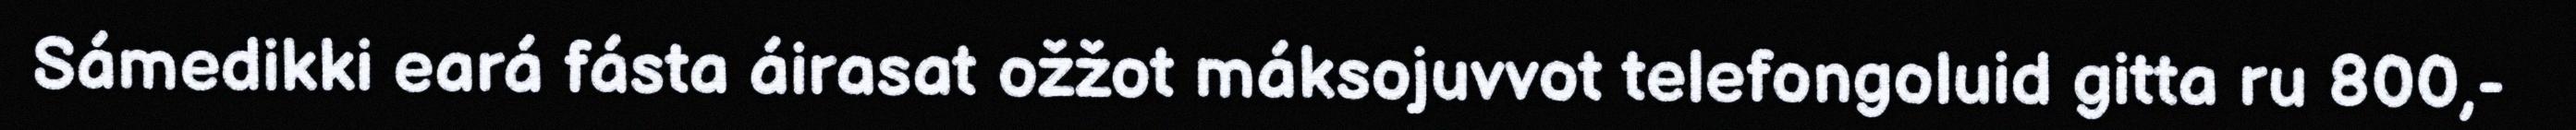
Sámedikki eará fásta áirasat ožžot máksojuvvot telefongoluid gitta ru 800,-